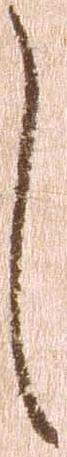
し